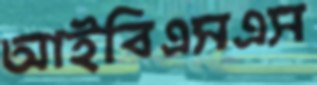
আইবিএসএস